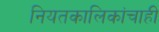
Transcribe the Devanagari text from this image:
नियतकालिकांचाही